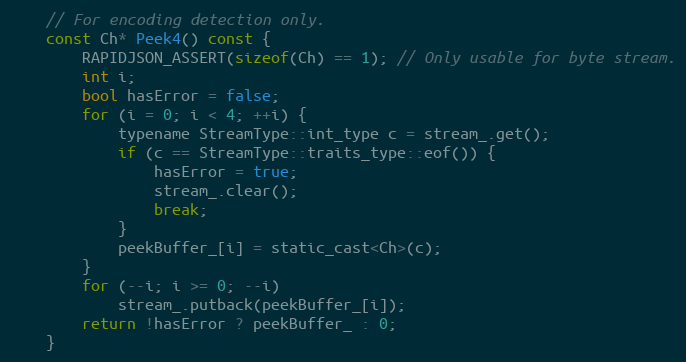
Language: C
    // For encoding detection only.
    const Ch* Peek4() const {
        RAPIDJSON_ASSERT(sizeof(Ch) == 1); // Only usable for byte stream.
        int i;
        bool hasError = false;
        for (i = 0; i < 4; ++i) {
            typename StreamType::int_type c = stream_.get();
            if (c == StreamType::traits_type::eof()) {
                hasError = true;
                stream_.clear();
                break;
            }
            peekBuffer_[i] = static_cast<Ch>(c);
        }
        for (--i; i >= 0; --i)
            stream_.putback(peekBuffer_[i]);
        return !hasError ? peekBuffer_ : 0;
    }